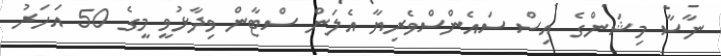
ނާސާ މިޝަންގެ އިސް ސައެންސްވެރިޔާ އެލަން ސްޓާން ވިދާޅުވީ މީގެ 50 އަހަރު